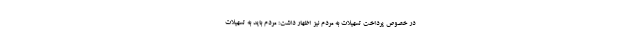
در خصوص پرداخت تسهیلات به مردم نیز اظهار داشت: مردم باید به تسهیلات